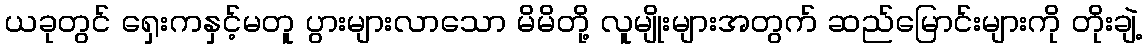
ယခုတွင် ရှေးကနှင့်မတူ ပွားများလာသော မိမိတို့ လူမျိုးများအတွက် ဆည်မြောင်းများကို တိုးချဲ့